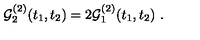
{ \cal G } _ { 2 } ^ { ( 2 ) } ( t _ { 1 } , t _ { 2 } ) = 2 { \cal G } _ { 1 } ^ { ( 2 ) } ( t _ { 1 } , t _ { 2 } ) \ .